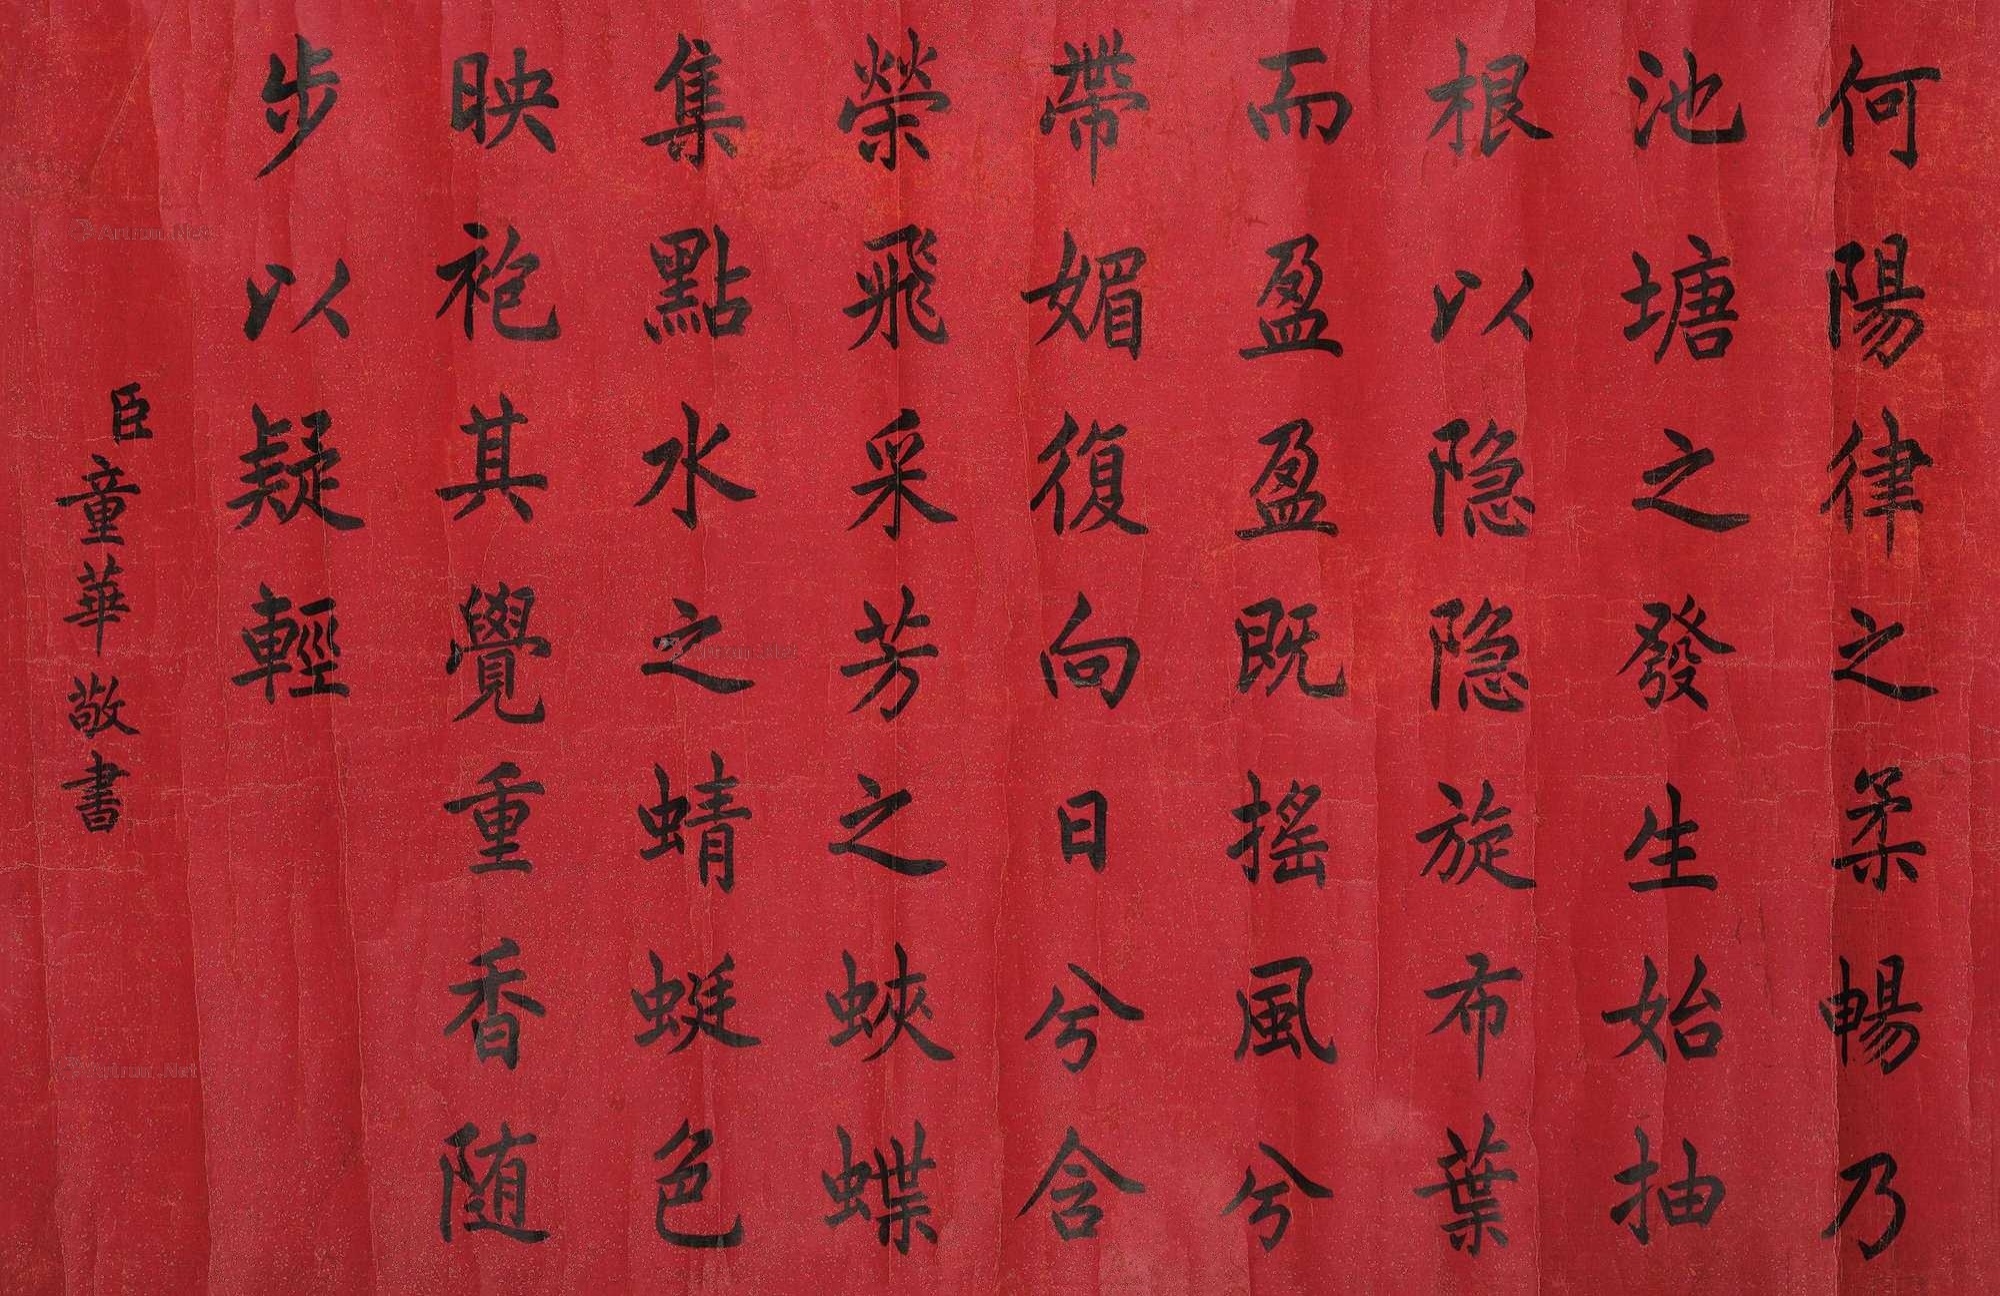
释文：何阳律之柔畅，乃池塘之发生。始抽根以隠隠，旋布叶而盈盈。既摇风兮带媚，复向日兮含荣。飞采芳之蛱蝶，集点水之蜻蜓。色映袍其觉重，香随步以疑轻。臣童华敬书。